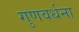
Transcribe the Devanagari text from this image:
गुणवर्धना